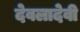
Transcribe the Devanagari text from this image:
देवलादेवी